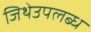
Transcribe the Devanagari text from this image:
जिथेउपलब्ध